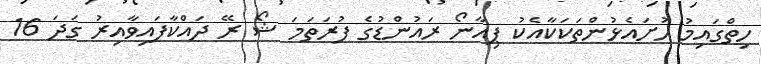
ހިތްގައިމު ހުށައެޅުންތަކަކާއެކު ޕިއާނޯ ރައުންޑުގެ ފުރަތަމަ ޝޯ ރޭ ދައްކާފައިވާއިރު ގަދަ 16